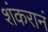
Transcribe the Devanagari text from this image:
शंकरानं